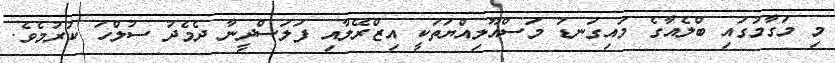
މި މަގާމުގައި ބްލެއާގެ މައިގަނޑު މަސްއޫލިއްޔަތަކީ އިޒްރޭލާއި ފަލަސްދީނާ ދެމެދު ސުލްހަ ކުރުމެވެ.